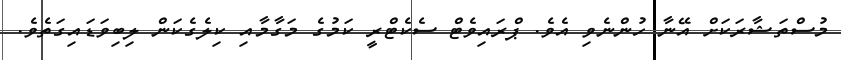
މުސްތަޝާރަކަށް އޭނާ ހުންނެވި އެވެ. ޕްރައިވެޓް ސެކެޓްރީ ކަމުގެ މަގާމާއި ކިލެގެކަން ލިބިވަޑައިގަތެވެ.